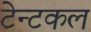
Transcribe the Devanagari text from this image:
टेन्टकल